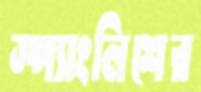
স্প্যাংলিশের